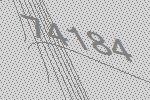
74184